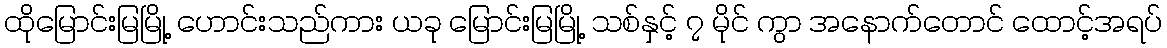
ထိုမြောင်းမြမြို့ ဟောင်းသည်ကား ယခု မြောင်းမြမြို့ သစ်နှင့် ၇ မိုင် ကွာ အနောက်တောင် ထောင့်အရပ်